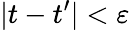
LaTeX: |t-t^{\prime}|<\varepsilon